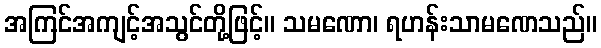
အကြင်အကျင့်အသွင်တို့ဖြင့်။ သမဏော၊ ရဟန်းသာမဏေသည်။